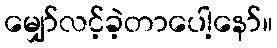
မျှော်လင့်ခဲ့တာပေါ့နော်။